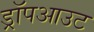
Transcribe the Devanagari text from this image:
ड्रॉपआउट